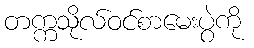
တက္ကသိုလ်ဝင်စာမေးပွဲကို